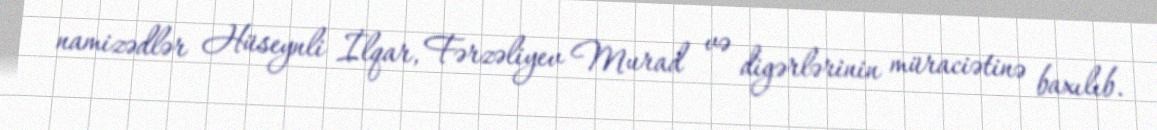
namizədlər Hüseynli İlqar, Fərzəliyev Murad və digərlərinin müraciətinə baxılıb.